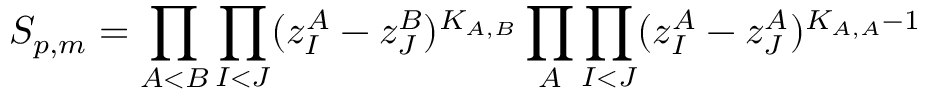
S _ { p , m } = \prod _ { A < B } \prod _ { I < J } ( z _ { I } ^ { A } - z _ { J } ^ { B } ) ^ { K _ { A , B } } \prod _ { A } \prod _ { I < J } ( z _ { I } ^ { A } - z _ { J } ^ { A } ) ^ { K _ { A , A } - 1 }